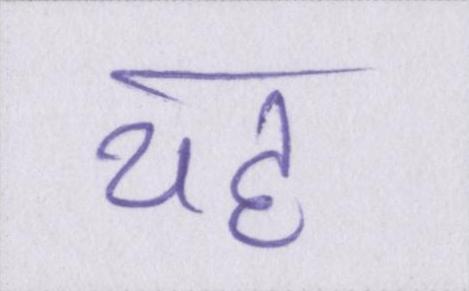
यह